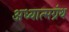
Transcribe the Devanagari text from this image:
अध्यात्मग्रंथ